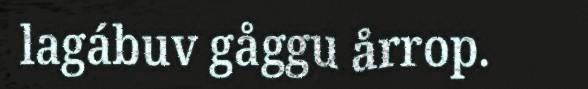
lagábuv gåggu årrop.